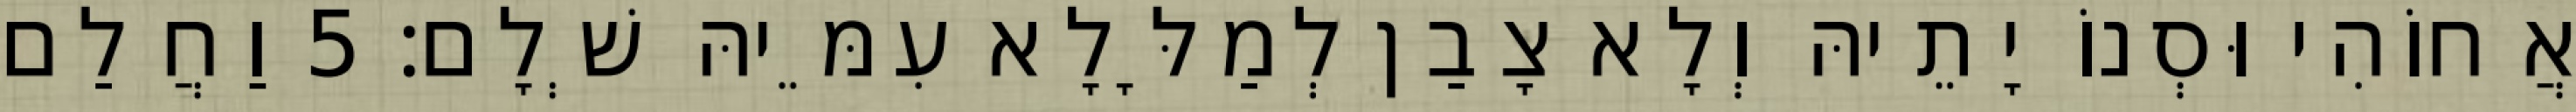
אֲחוֹהִי וּסְנוֹ יָתֵיהּ וְלָא צָבַן לְמַלָּלָא עִמֵּיהּ שְׁלָם׃ 5 וַחֲלַם